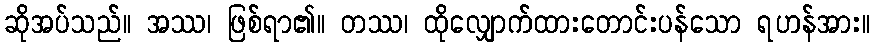
ဆိုအပ်သည်။ အဿ၊ ဖြစ်ရာ၏။ တဿ၊ ထိုလျှောက်ထားတောင်းပန်သော ရဟန်အား။